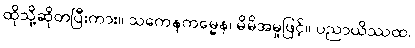
ထိုသို့ဆိုတပြီးကား။ သကေနကမ္မေန၊ မိမိအမှုဖြင့်။ ပညာယိဿထ၊